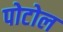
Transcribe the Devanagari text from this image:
पोटोल